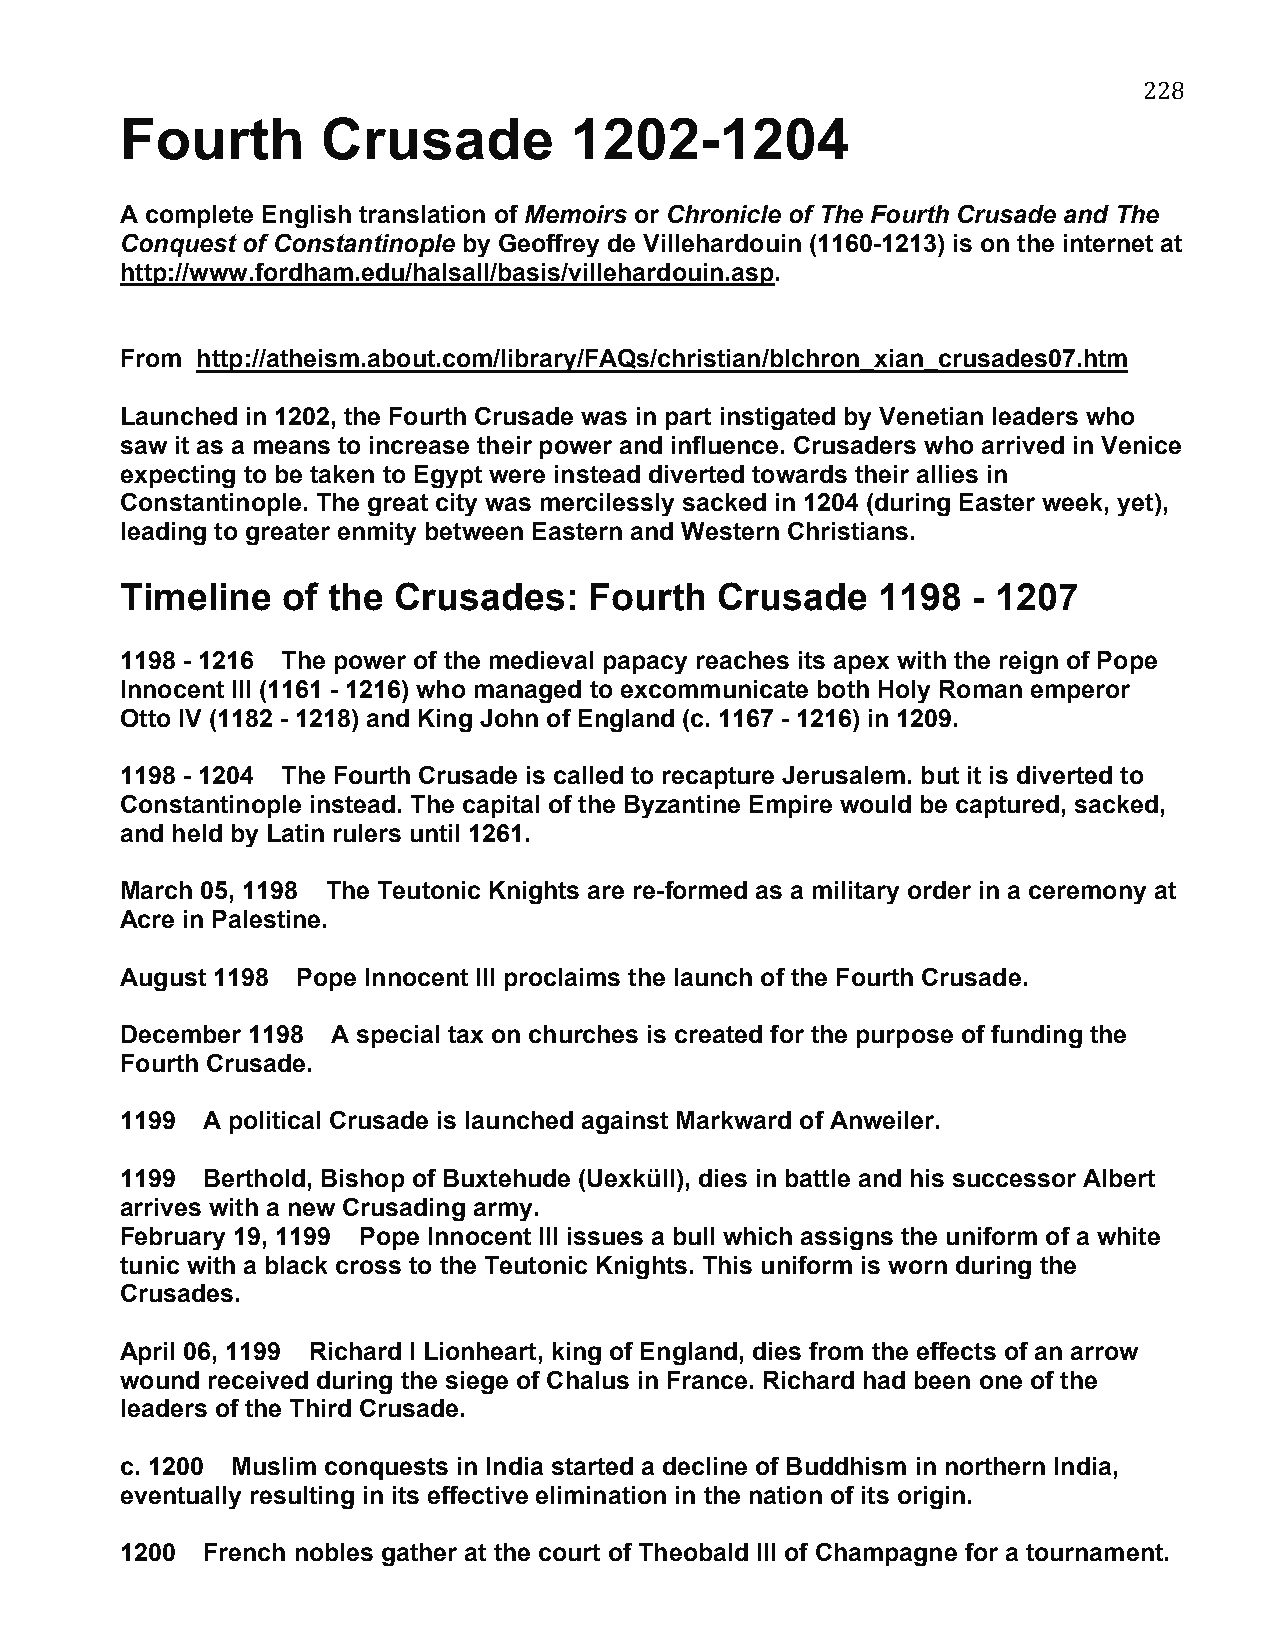
228
 Fourth       Crusade          1202-1204
 A complete English translation of Memoirs or Chronicle of The Fourth Crusade and The
 Conquest of Constantinople by Geoffrey de Villehardouin (1160-1213) is on the internet at
 http://www.fordham.edu/halsall/basis/villehardouin.asp.
 From http://atheism.about.com/library/FAQs/christian/blchron_xian_crusades07.htm
 Launched in 1202, the Fourth Crusade was in part instigated by Venetian leaders who
 saw it as a means to increase their power and influence. Crusaders who arrived in Venice
 expecting to be taken to Egypt were instead diverted towards their allies in
 Constantinople. The great city was mercilessly sacked in 1204 (during Easter week, yet),
 leading to greater enmity between Eastern and Western Christians.
 Timeline   of the Crusades:    Fourth   Crusade   1198  - 1207
 1198 - 1216 The power of the medieval papacy reaches its apex with the reign of Pope
 Innocent III (1161 - 1216) who managed to excommunicate both Holy Roman emperor
 Otto IV (1182 - 1218) and King John of England (c. 1167 - 1216) in 1209.
 1198 - 1204 The Fourth Crusade is called to recapture Jerusalem. but it is diverted to
 Constantinople instead. The capital of the Byzantine Empire would be captured, sacked,
 and held by Latin rulers until 1261.
 March 05, 1198 The Teutonic Knights are re-formed as a military order in a ceremony at
 Acre in Palestine.
 August 1198 Pope Innocent III proclaims the launch of the Fourth Crusade.
 December 1198 A special tax on churches is created for the purpose of funding the
 Fourth Crusade.
 1199 A political Crusade is launched against Markward of Anweiler.
 1199 Berthold, Bishop of Buxtehude (Uexküll), dies in battle and his successor Albert
 arrives with a new Crusading army.
 February 19, 1199 Pope Innocent III issues a bull which assigns the uniform of a white
 tunic with a black cross to the Teutonic Knights. This uniform is worn during the
 Crusades.
 April 06, 1199 Richard I Lionheart, king of England, dies from the effects of an arrow
 wound received during the siege of Chalus in France. Richard had been one of the
 leaders of the Third Crusade.
 c. 1200 Muslim conquests in India started a decline of Buddhism in northern India,
 eventually resulting in its effective elimination in the nation of its origin.
 1200 French nobles gather at the court of Theobald III of Champagne for a tournament.